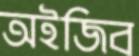
অইজিব